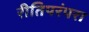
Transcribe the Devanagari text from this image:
रीतिपरंपरा